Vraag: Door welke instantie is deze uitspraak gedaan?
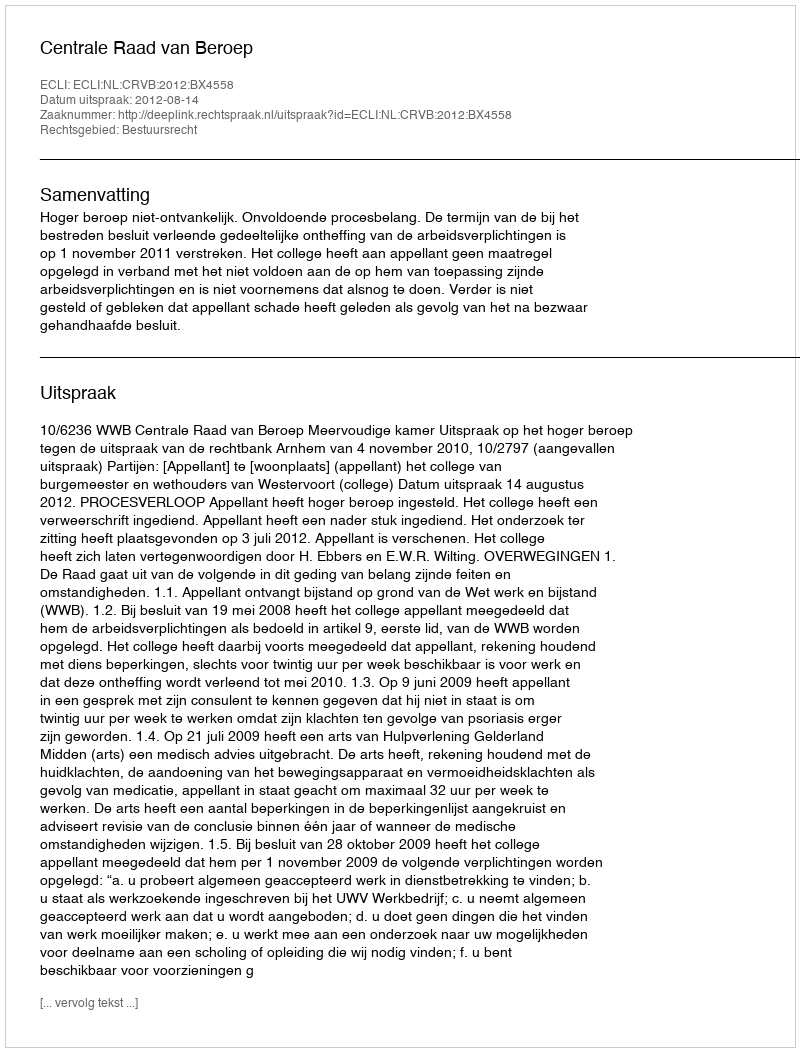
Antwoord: Centrale Raad van Beroep